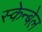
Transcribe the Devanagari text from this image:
स्केन्बेल